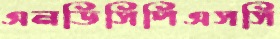
এনডিসিপিএসসি